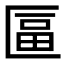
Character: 𠥏